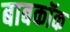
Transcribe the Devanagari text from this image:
बाबकॉक